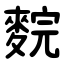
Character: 䴷